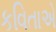
કવિતાએ